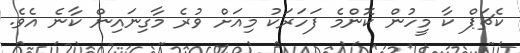
ކެޗަޕް ކާ މީހުން ކޮންމެ ފަހަރަކު މިއަށް ވުރެ މާގިނައިން ކާނެ އެވެ.